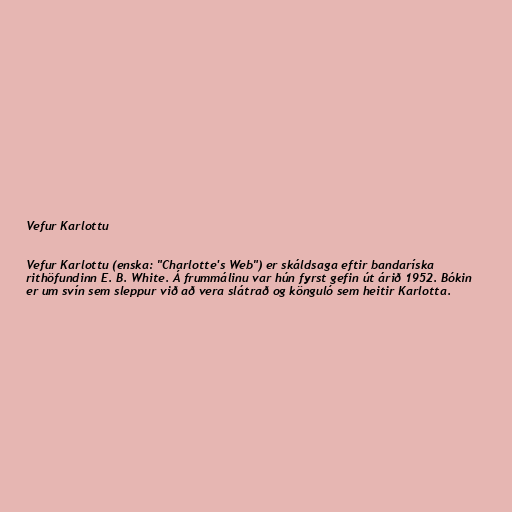
Vefur Karlottu

Vefur Karlottu (enska: "Charlotte's Web") er skáldsaga eftir bandaríska
rithöfundinn E. B. White. Á frummálinu var hún fyrst gefin út árið 1952. Bókin
er um svín sem sleppur við að vera slátrað og könguló sem heitir Karlotta.